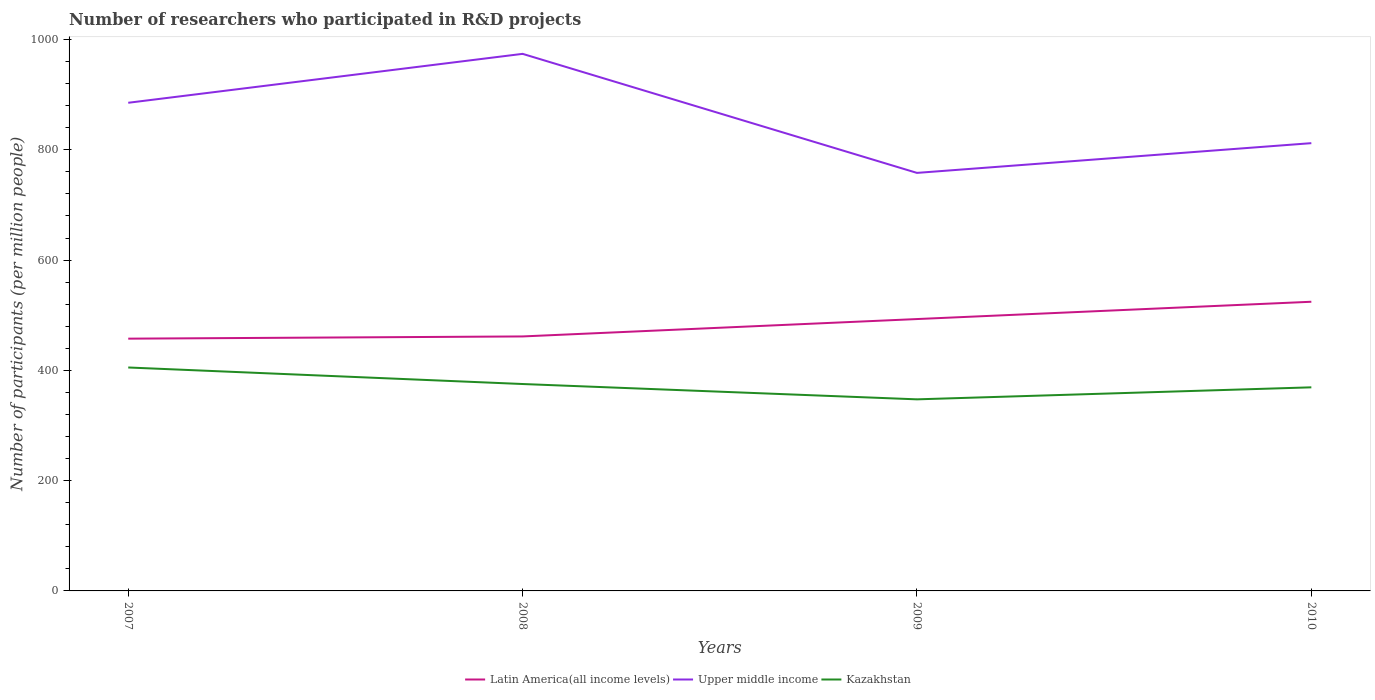
| Years | Latin America(all income levels) | Upper middle income | Kazakhstan |
 | --- | --- | --- | --- |
 | 2007 | 457 | 885 | 405 |
 | 2008 | 461 | 974 | 375 |
 | 2009 | 493 | 758 | 347 |
 | 2010 | 524 | 812 | 369 |